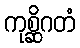
ကုစ္ဆိဂတံ